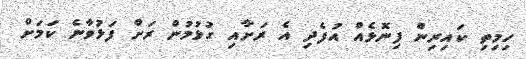
ހިމިތި ކައިރިން ފިނޮޅެއް އުފެދި އެ ރަށާއި ގުޅުމުން ރަށް ފަޅުވާނެ ކަމަށް